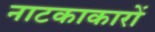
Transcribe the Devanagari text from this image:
नाटकाकारों